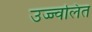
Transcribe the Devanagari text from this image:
उज्ज्वलित